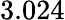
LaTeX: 3.024